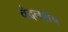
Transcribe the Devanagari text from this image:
चंदनशेष